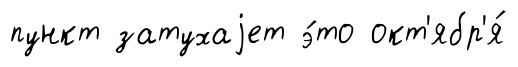
пункт затухаjет э́то окт'ябр'я́